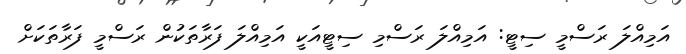
އަމިއްލަ ރަސްމީ ސިޓީ: އަމިއްލަ ރަސްމި ސިޓީއަކީ އަމިއްލަ ފަރާތަކުން ރަސްމީ ފަރާތަކަށް